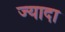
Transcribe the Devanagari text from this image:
ज्यादा